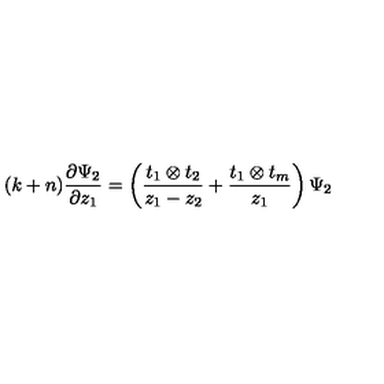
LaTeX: ( k + n ) \frac { \partial \Psi _ { 2 } } { \partial z _ { 1 } } = \left( \frac { t _ { 1 } \otimes t _ { 2 } } { z _ { 1 } - z _ { 2 } } + \frac { t _ { 1 } \otimes t _ { m } } { z _ { 1 } } \right) \Psi _ { 2 }